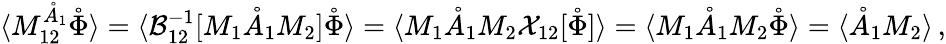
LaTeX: \langle M_{12}^{\mathring{A}_{1}}\mathring{\Phi}\rangle=\langle{\mathcal{B}}_{12}^{-1}[M_{1}\mathring{A}_{1}M_{2}]\mathring{\Phi}\rangle=\langle M_{1}\mathring{A}_{1}M_{2}{\mathcal{X}}_{12}[\mathring{\Phi}]\rangle=\langle M_{1}\mathring{A}_{1}M_{2}\mathring{\Phi}\rangle=\langle\mathring{A}_{1}M_{2}\rangle\, ,